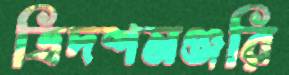
ত্রিদশমঞ্জরি